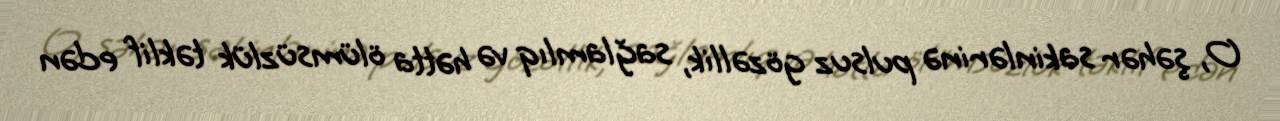
O, şəhər sakinlərinə pulsuz gözəllik, sağlamlıq və hətta ölümsüzlük təklif edən